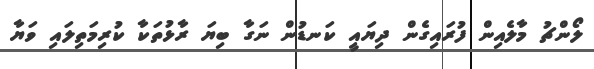
ލޯންޗު މާލެއިން ފުރައިގެން ދިޔައީ ކަނޑުން ނަގާ ބިޔަ ރާޅުތަކާ ކުރިމަތިލައި ވަޔާ